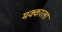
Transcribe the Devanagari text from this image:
मक्काला